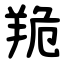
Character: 䍯